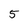
Character: 5